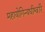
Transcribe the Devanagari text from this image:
महायोगिन्यधीश्वरि